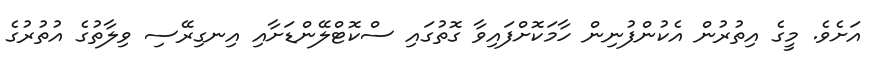
އަށެވެ. މީގެ އިތުރުން އެކުންފުނިން ހާމަކޮށްފައިވާ ގޮތުގައި ސްކޮޓްލޭންޑަށާއި އިނގިރޭސި ވިލާތުގެ އުތުރުގެ